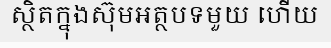
ស្ថិតក្នុងស៊ុមអត្ថបទមួយ ហើយ